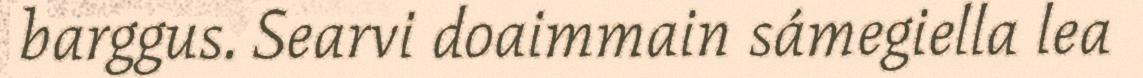
barggus. Searvi doaimmain sámegiella lea